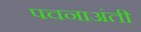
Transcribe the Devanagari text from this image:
पचनाअंती